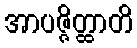
အာပဇ္ဇိတ္ထာတိ